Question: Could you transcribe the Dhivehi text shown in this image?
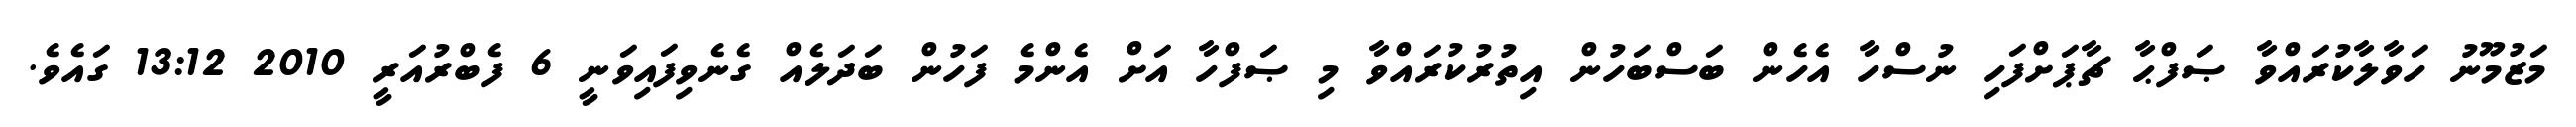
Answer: މަޒުމޫނު ހަވާލާކުރައްވާ ޞަފްޙާ ޗާޕަށްފަހި ނުސްހާ އެހެން ބަސްބަހުން އިތުރުކުރައްވާ މި ޞަފްހާ އަށް އެންމެ ފަހުން ބަދަލެއް ގެނެވިފައިވަނީ 6 ފެބްރުއަރީ 2010 13:12 ގައެވެ.